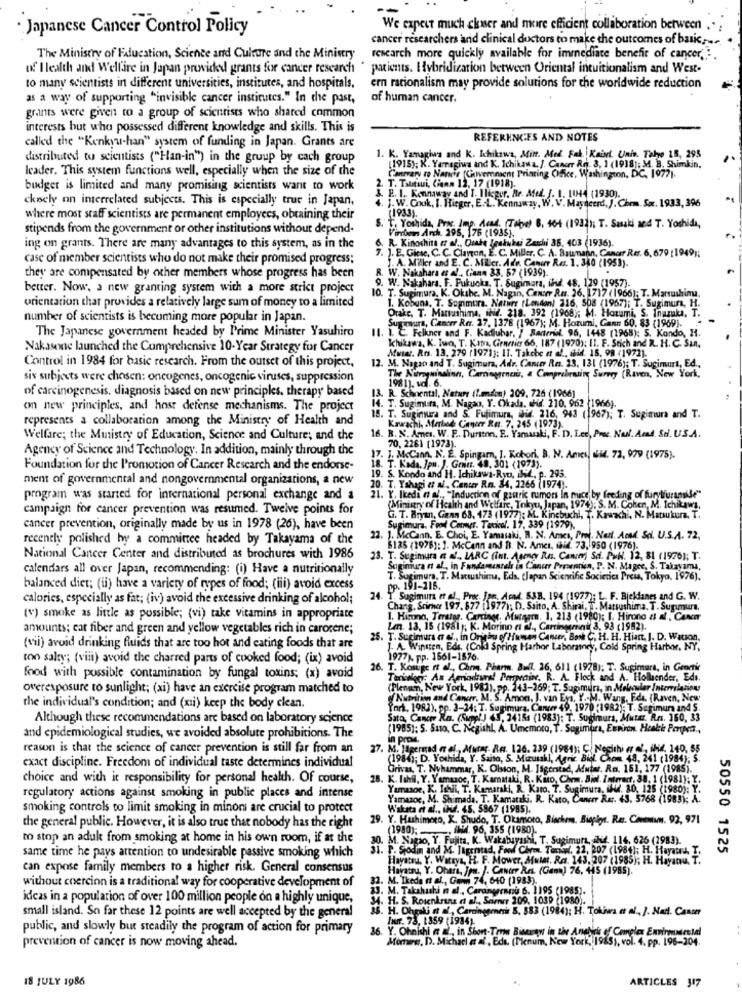
Japanese Cancer Control Policy
We expect much closer and more efficient collaboration between
cancer researchers and clinical doctors to make the outcomes of basic ...
The Ministry of Education, Science and Culture and the Ministry
research more quickly available for immediate benefit of cancer .:
of Health and Welfare in Japan provided grants for cancer research
patients. Hybridization between Oriental intuitionalism and West-
to many scientists in different universities, institutes, and hospitals.
ern rationalism may provide solutions for the worldwide reduction
as a way of supporting "invisible cancer institutes." In the past,
of human cancer.
grants were given to a group of scientists who shared common
interests but who possessed different knowledge and skills. This is
called the "Kenkyu-han" system of funding in Japan. Grants are
REFERENCES AND NOTES
distributed to scientists ("Han-in") in the group by cach group
1. K. Yamagiwa and K. Ichikawa, Mint. Med. Fek Kaist. Univ. Take 15, 295
Icader. This system functions well, especially when the size of the
5): K. Yamagiwa and K. Ichikawa. /. Cancer Rn. 3, 1 (1918); M. B. Shimkin.
Canrvaru ro Nanie (Convemment Printing Office, Washington, DC. 19771.
budger is limited and many promising scientists want to work
2. T. Tattsui, Cienn 12, 17 (1918).
ckrely on interrelated subjects. This is especially true in Japan,
S. E. I. Kaanaway And T. Ilinger. Br. Ated. 1. 1. 1044 (1930).
4. J. W. Couk, I. Wieger, E.L. Kennaway, W. V. Mayqcerd, J. Chem. Sær. 1933, 396
(1933).
where most staff scientists are permanent employees, obtaining their
stipends from the government or other institutions without depend-
to Yoshida, Prix. Imp. Acad (Tabe) 6, 404 (1932); T. Saski and T. Yoshida,
Virchow Anch. 295, 176 (1935],
. R. Kinochits ar af ., Ouate Irakubu Zanhi 36, 403 (1936).
ing on grants. There are many advantages to this system, as in the
case of member scientists who do not make their promised progress;
7. J. E. Gicic. C.C. Clapton, E. C. Miller. C. A. Baumann, Canar Rer. 6, 679 (1949);
J. A. Miller and E. C. MEcr. Ade. Canor Res. 1. 340 (1953).
W. Nakahara et al ., Cann 33. 57 (1939).
they are compensated by other members whose progress has been
better. Now, a new granting system with a more strict project
9. W. Nakahara. F. Fukuoka. T. Sugimara, ilidl. 48. 129 (1957).
10. T. Sugimura. K. Okıbe. M. Nagan, Center Ra. 26. 1717 (1966); T. Marsushima.
1. Kobuna. T. Sogimura. Nature (London) 216, 508 (1967); T. Sugimura, H.
orientation that provides a relatively large sum of money to a limited
number of scientists is becoming more popular in Japan.
Surimura, Cancer Rer. 27. 1378 (1967); M. Hozumi, Gann 60, 83 (1969).
Orakc. T. Matsushima, ind. 218. 392 (1968); M. Hozumi, S. Inurka, T.
The Japanese government headed by Prime Minister Yasuhiro
. 1. C. Folkner and F. Kadiubar. / Bartrial. 96, 1448 (1968): 5. Kondo, H.
Ichikawa, K. two, T. Kapı, Granrio 66, 187 (1970); II. F. Stich and R. H. C. San.
Nakasone launched the Comprehensive 10-Year Strategy for Cancer
Musst. Rrs. 13. 279 ( 1971): 11. Takche et af. mid. 15. 98 (1972).
Control in 1984 for basic research. From the outset of this project,
12. M. Nagao and T. Sugimura, Adr. Cancer Res. 23, 131 (1976); T. Sugimurt, Ed .,
six subjects were chosen: oncogenes, oncogenic viruses, suppression
1981). vol. 6.
The Nutryninelion, Carogenau, a Comprehensive Surrey (Raven, New York,
of carcinogenesis, diagnosis based on new principles. therapy based
13. R. Schoental, Nature (L.mson) 209, 726 (1966]
on new principles, and host defense mechanisms. The project
. T. Sugimur, M. Nagao, Y. Okada, Hid. 210, 962 (1966).
represents a collaboration among the Ministry of Health and
. T. Sugimura and S. Fujimura, bid. 216, 943 (1967); T. Sugimura and T.
Kawachi, Marked Canur Ra. 7. 245 (1973).
Welfare; the Ministry of Education, Science and Culture; and che
16. B. N. Ames. W. F .. Duriton. E. Yamasaki, F. D. Lee, Prec. Nul. Aend. Sti. U.S.A.
70, 2261 [1973).
Agency of Science and Technology. In addition, mainly through the
7. J. McCann. N. E. Spingarn, I. Kobori, B. N. Ames, Md. 72, 979 (1975).
Foundation for the Promotion of Cancer Research and the endorse-
18. T. Kada. Ipu. J. Grat. 49. 301 (1973).
ment of governmental and nongovernmental organizations, a new
. S. Kondo and H. Ichikawa-Ryo, bif, p. 293.
20. T. Yahapi a N, Cenur Ra. 34, 2265 (1974).
program was started for international personal exchange and a
Y'. Ikeda n al ., "Induction of gastric rumors In mice by feeding of furylfuramise"
campaign for cancer prevention was resumed. Twelve points for
(Ministry of Health and Welfare, Tokyu, Japan, 1974): S. M. Cohen, M. Ichikawa,
G. T. Bryan, Gaan 68, 473 (1977]: M. Kincbuchi. T. Kawachi, N. Matsukura, T.
cancer prevention, originally made by us in 1978 (26), have been
Sugimura, Froid Comur. Tackol. 17, 339 (1979).
recently polished by a committee headed by Takayama of the
22. 1. McCann. E. Choi, E. Yamasaki, B. N. Arıcı, Pro, Nell. ArMd. Sci. U.S.A. 72,
8125 (1976): ]. McCann and B. N. Amcı, Gif. 73, 950 (1976).
National Cancer Center and distributed as brochures with 1986
23. T. Sugimura es a !., LARC (int. Asmor Ros. Canım) Sci. PuN. 12, 81 (1976); T.
calendars all over Japan, recommending: (i) Have a nutritionally
Soginiura et al ., in Fundamentals in Canur Presentien, P. N. Magec, S. Takayama,
T. Surimura, T. Matsushima, Eds. (Japan Scientine Societies Press, Tokyo, 1976).
balanced diet; (ii) have a variety of types of food; (iii) avoid excess
pp. 191-216.
calories, especially as fat; (iv) avoid the excessive drinking of alcohol;
24.
Sugimur et al ., Proc. Jpn. Acad. 538. 194 (1977); L. F. Bjeklanes and G. W.
Chang. Srimar 197. 877 (1977); D. Saito, A. Shirai. T. Marsushima. T. Sufumure.
(v) smoke as little as possible; (vi) take vitamins in appropriate
I. Hicono, Terstor. Carcinge. Mutaarn. 1. 213 (1980); I. Hirono at al ., CANET
amounts; cat fiber and green and yellow vegetables rich in carorene;
Len. 13, 15 (1981); K. Morino et al ., Cartinagminy 3, 93 (1992).
25. T. Sugimura a ef ., in Orichu of Human Cancer, Bon C, H. H. Hiant. I. D. Watson,
(vii) avoid drinking fluids that are too hot and eating foods that are
A. Winsten, Eds. (Cold Spring Harbor Laboratory, Cold Spring Harbor, NY,
too salty; (viii) avoid the charred parts of cooked food; (ix) avoid
1977). pp. 1561-1576.
26. T. Kosuge et al ., Choy. Pharm. Bull. 26, 611 (1978); T. Sugimara, in Genmir
food with possible contamination by fungal toxins; (x) avoid
Texkelog An Amiodaral Permaine, R. A. Flock and A. Hollender, Eds.
overexposure to sunlight; (xi) have an exercise program matched to
(Plenum, New York, 1983), pp. 243-269; T. Sugimura, in Molecular Incorrelations
Nutrition and Cancer, M. S. Amon, J. van Evt. Y. M. Wang, Fda. (Raven, New
the individual's condition; and (xii) keep the body clean.
York. 1983). pp. 3-34; T. Sugimura, Cancer 49, 1970 (1982); T. Sesimum and S.
Although these recommendations are based on laboratory science
Sato, Cancer Ra. (Suppl) 63, 34151 (1983): T. Sugimura, Muter. Rrs. 360, 33
(1985): 5. Sato, C. Negishl, A. Umemora, T. Sugimira, Environ. Heakek Perpen .,
and epidemiological studies, we avoided absolute prohibitions. The
in proMs.
reason is that the science of cancer prevention is still far from an
. M. Hipermad « el ., Murar. Ra. 126. 239 (1984); C. Negishi er of, ibid. 140, 55
exact discipline. Freedom of individual taste determines individual
(1984); D. Yoshida, Y. Salto, S. Mizusaki, Agric. Biol. Chem. 48, 241 (1984); S.
Grivas, T. Nyhammar, K. Olsson, M. Jigtritad, Mutar. Ro. 151, 177 (1985).
choice and with it responsibility for personal health. Of course,
28. K. Ithil, Y. Yamazoc, T. Kamataki, R. Kito, Chem. Biol. Intrant, 38, 1 (1981); Y.
mor, K. Hhii. T. Kamaraki, R. Karo, T. Sugimura, ihd. 30, 125 (1980); Y.
regulatory actions against smoking in public places and intense
Yamazoe, M. Shimada. T. Kamaraki. R. Kato, Cancer Rer. 43. 5768 (1983); A.
smoking controls to limit smoking in minors are crucial to protect
Waluta et al ., ihr. 45. 5867 (1985).
29. Y. Huhimero, K. Shudo, T. Okamoto, Biochem, Biophys. Res. Comewww. 92, 971
the general public. However, it is also true that nobody has the right
(1980); _
.. Ihd. 96, 355 (1980).
to stop an adult from smoking at home in his own room, if at the
M. Nagro, Y. Fujita, K. Wakabayashi, T. Supimura, ihid. 114, 626 (1983).
. P. Srodin and M. Itgerstad, Food Chem. Texwwl. 22, 207 (1984); H. Hayatad. I.
50550 1525
same time he pays attention to undesirable passive smoking which
tu. Y. Witryn, H. F. Mower, Mutat, Ra. 143, 207 (1985); H. Hayanu. T.
can expose family members to a higher risk. General consensus
Hayatsu, Y. Ohara, Jon. J. Cancer Res. (Gana) 76, 445 (1985).
32. M. Tkede et al ., Gan 74, 640 (1983).
without coercion is a traditional way for cooperative development of
33. M. Takahashi n al ., Caraingerninu 6. 1195 (1985).
ideas in a population of over 100 million people on a highly unique,
34. H. S. Rosenkranz et al ., Sarmer 109, 1039 (1980).
16. H. Ohgali st af, Caringameri 5. 583 (1984): H. Tokiwa et al ., ). Nad. Cancer
small island. So far these 12 points are well accepted by the general
Inf. 73, 1359 (1984).
public, and slowly but steadily the program of action for primary
36. Y. Ohnishi , in Short-Term Biseraw in the Analisi of Complex Expireddental
Mortew, D. Michacl et al, Eds. (Menum, New York, 1985), vol. 4. pp. 196-204.
prevention of cancer is now moving ahead.
18 JULY 1986
ARTICLES 317